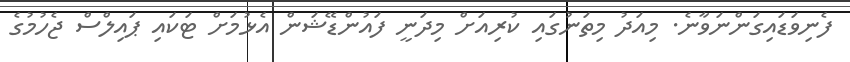
ފެނިވަޑައިގަންނަވާނެ. މިއަދު މިތަނުގައި ކުރިއަށް މިދަނީ ފައުންޑޭޝަން އެޅުމަށް ޓަކައި ޕައިލްސް ޖެހުމުގެ